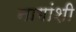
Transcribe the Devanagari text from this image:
नागांशी